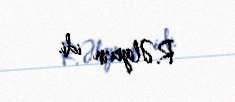
R.Əliyevin idi.